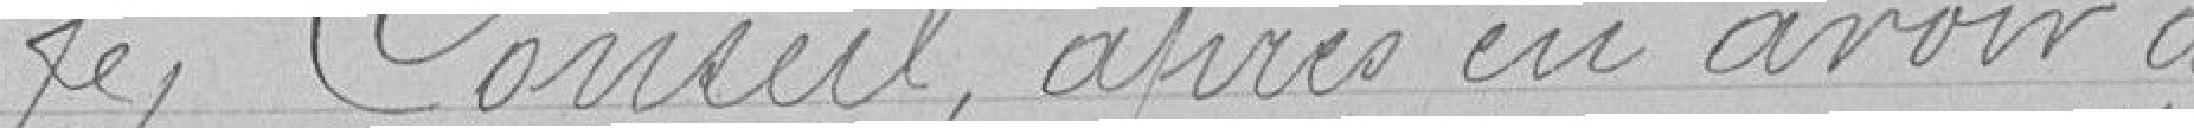
Le Conseil, après avoir délibéré,